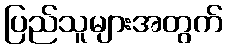
ပြည်သူများအတွက်